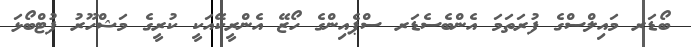
ބޯޑަރ މައިލްސްގެ ފުރަތަމަ އެންބެސެޑަރ ސްޕެއިންގެ ހޯޒޭ އެންރީކޭއަކީ ކުރީގެ މަޝްހޫރު ފުޓްބޯޅަ